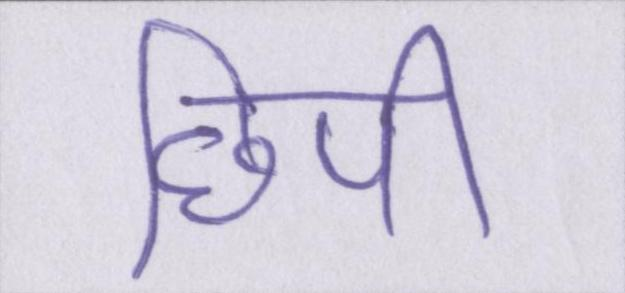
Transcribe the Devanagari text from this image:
छिपी